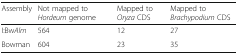
<table><thead><tr><td><b>Assembly</b></td><td><b>Not mapped to <i>Hordeum</i> genome</b></td><td><b>Mapped to <i>Oryza</i> CDS</b></td><td><b>Mapped to <i>Brachypodium</i> CDS</b></td></tr></thead><tbody><tr><td>I:Bw<i>Alm</i></td><td>564</td><td>12</td><td>27</td></tr><tr><td>Bowman</td><td>604</td><td>23</td><td>35</td></tr></tbody></table>